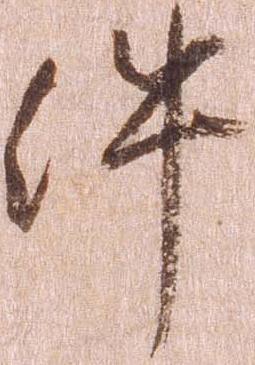
件